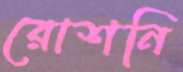
রোশনি